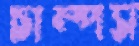
চাম্পস